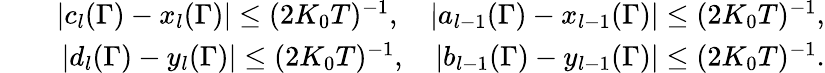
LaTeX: \begin{array}{rlr}&{}&{|c_{l}(\Gamma)-x_{l}(\Gamma)|\leq(2K_{0}T)^{-1},\quad|a_{l-1}(\Gamma)-x_{l-1}(\Gamma)|\leq(2K_{0}T)^{-1},}\\ &{}&{|d_{l}(\Gamma)-y_{l}(\Gamma)|\leq(2K_{0}T)^{-1},\quad|b_{l-1}(\Gamma)-y_{l-1}(\Gamma)|\leq(2K_{0}T)^{-1}.}\end{array}